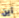
أين